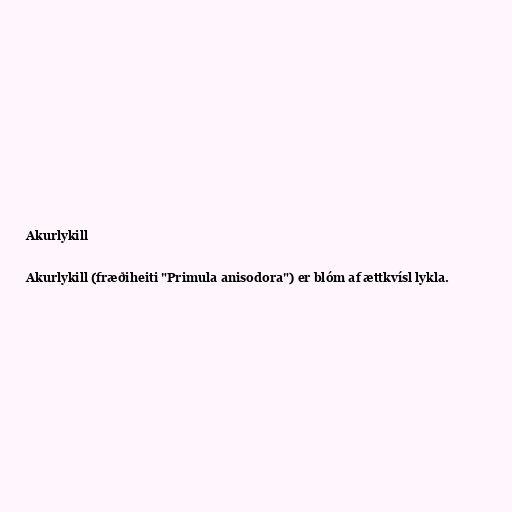
Akurlykill

Akurlykill (fræðiheiti "Primula anisodora") er blóm af ættkvísl lykla.